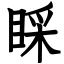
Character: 睬